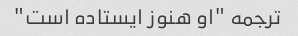
ترجمه "او هنوز ایستاده است"